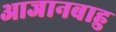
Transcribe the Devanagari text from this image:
आजानबाहु